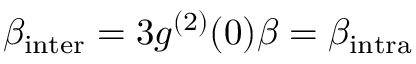
\beta _ { \mathrm { { i n t e r } } } = 3 g ^ { ( 2 ) } ( 0 ) \beta = \beta _ { \mathrm { { i n t r a } } }